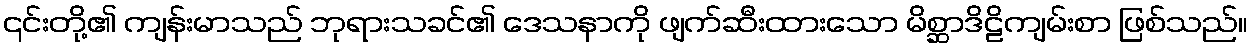
၎င်းတို့၏ ကျန်းမာသည် ဘုရားသခင်၏ ဒေသနာကို ဖျက်ဆီးထားသော မိစ္ဆာဒိဠိကျမ်းစာ ဖြစ်သည်။